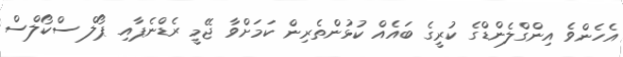
އެހެންވެ އިންގްލެންޑްގެ ކުރީގެ ބައެއް ކުޅުންތެރިން ކަމަށްވާ ޖޭމީ ރެޑްނެޕާއި ޕޯލް ސްކޯލްސް